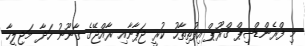
މި ފްރެންޑްޝިޕް ގްރޫޕް އިފުތިތާހު ކުރީ ޖަޕާނާއި ރާއްޖޭގެ ގާނޫނު ހަދާ މަޖިލީހާ